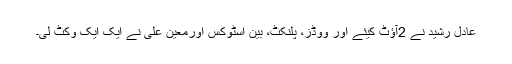
عادل رشید نے 2آؤٹ کیئے اور ووڈز، پلنکٹ، بین اسٹوکس اورمعین علی نے ایک ایک وکٹ لی۔